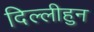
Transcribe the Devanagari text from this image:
दिल्लीहुन